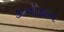
કાનોકાન